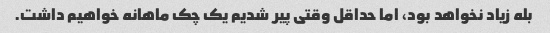
بله زیاد نخواهد بود، اما حداقل وقتی پیر شدیم یک چک ماهانه خواهیم داشت.